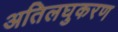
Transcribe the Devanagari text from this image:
अतिलघुकरण